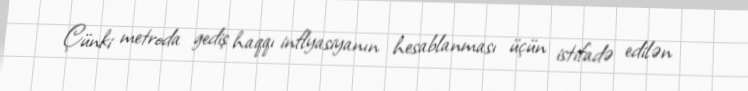
Çünki metroda gediş haqqı inflyasiyanın hesablanması üçün istifadə edilən